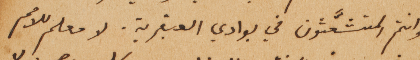
وانتم المتشعَّثون في بوادي العبقرية. لا معلم للامم